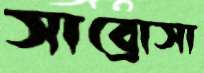
সাব্রোসা